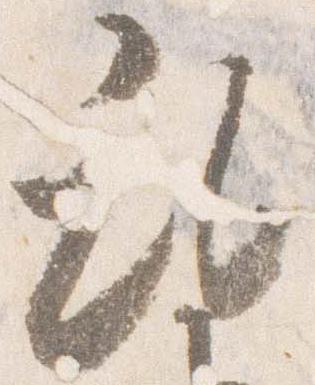
乱